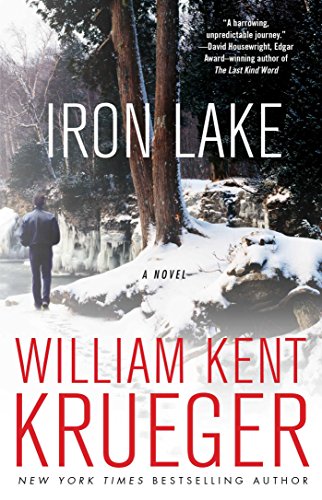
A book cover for Iron Lake: A Novel (Cork O'Connor Mystery Series); William Kent Krueger; Mystery, Thriller & Suspense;